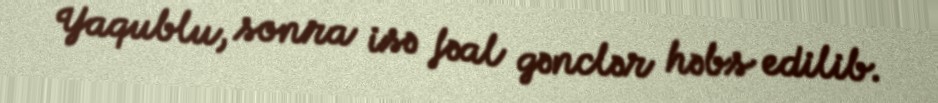
Yaqublu, sonra isə fəal gənclər həbs edilib.